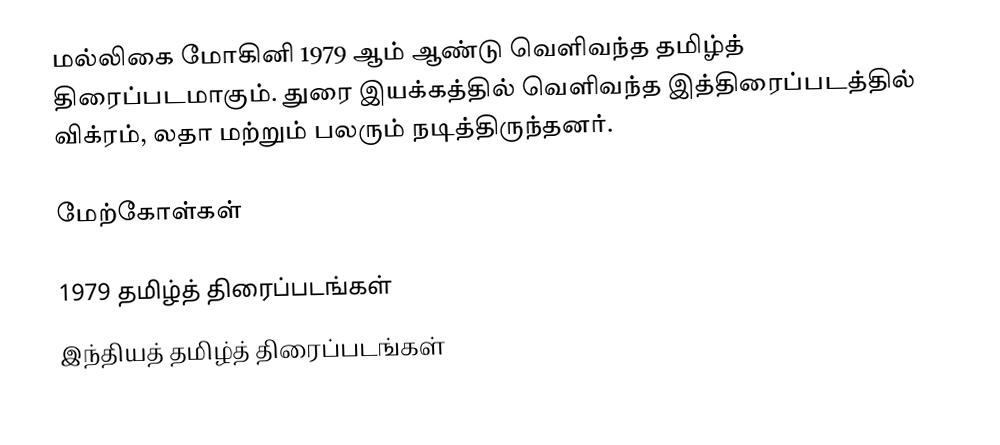
மல்லிகை மோகினி 1979 ஆம் ஆண்டு வெளிவந்த தமிழ்த் திரைப்படமாகும். துரை இயக்கத்தில் வெளிவந்த இத்திரைப்படத்தில் விக்ரம், லதா மற்றும் பலரும் நடித்திருந்தனர்.

மேற்கோள்கள்

1979 தமிழ்த் திரைப்படங்கள்
இந்தியத் தமிழ்த் திரைப்படங்கள்